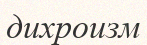
дихроизм